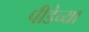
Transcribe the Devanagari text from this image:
पीडेच्या